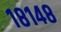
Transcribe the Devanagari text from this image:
१८१४८